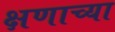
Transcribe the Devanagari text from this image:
क्षणाच्या